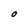
Character: O